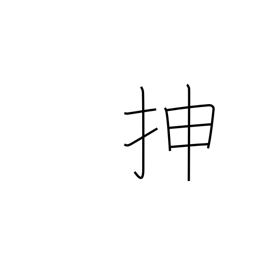
Meaning: extend